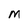
Character: M